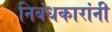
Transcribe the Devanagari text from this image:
निबंधकारांनी